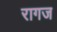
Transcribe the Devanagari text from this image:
रागज